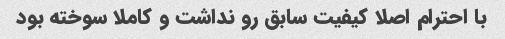
با احترام اصلا کیفیت سابق رو نداشت و کاملا سوخته بود